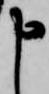
申